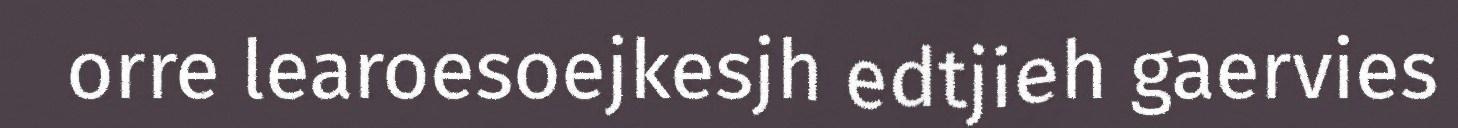
orre learoesoejkesjh edtjieh gaervies